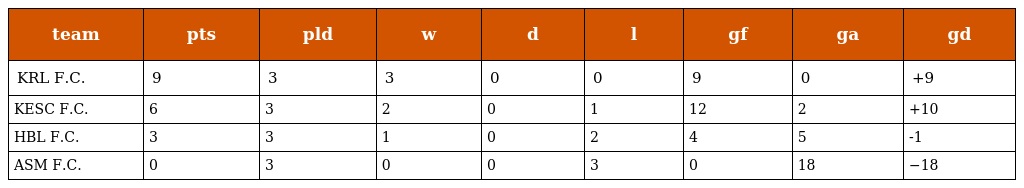
| team | pts | pld | w | d | l | gf | ga | gd |
 | --- | --- | --- | --- | --- | --- | --- | --- | --- |
 | KRL F.C. | 9 | 3 | 3 | 0 | 0 | 9 | 0 | +9 |
 | KESC F.C. | 6 | 3 | 2 | 0 | 1 | 12 | 2 | +10 |
 | HBL F.C. | 3 | 3 | 1 | 0 | 2 | 4 | 5 | -1 |
 | ASM F.C. | 0 | 3 | 0 | 0 | 3 | 0 | 18 | −18 |